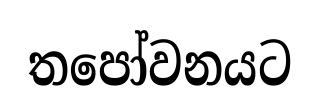
තපෝවනයට